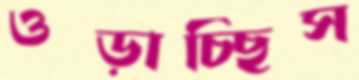
ওড়াচ্ছিস